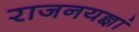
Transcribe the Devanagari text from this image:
राजनयज्ञां